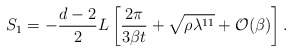
\begin{align*}S_1= -\frac{d-2}{2} L \left[ \frac{2\pi}{3\beta t} + \sqrt{\rho\lambda^{11}} + {\cal O} (\beta) \right].\end{align*}